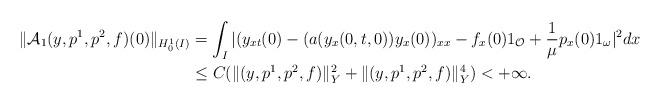
LaTeX: \begin{align*}\|\mathcal{A}_{1}(y,p^1,p^2,f)(0)\|_{H_0^1(I)}&=\int_I |(y_{xt}(0)-(a(y_x(0,t,0))y_x(0))_{xx} -f_x(0) {1}_{\mathcal{O}} + \frac{1}{\mu} p_x(0) {1}_{\omega}|^2 dx \\&\leq C (\|(y,p^1,p^2,f)\|_Y^2 + \|(y,p^1,p^2,f)\|_Y^4) < +\infty.\end{align*}